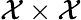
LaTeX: {\cal{X}}\times{\cal{X}}